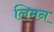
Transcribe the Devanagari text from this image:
लिमन